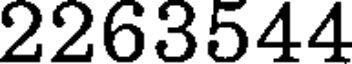
2263544